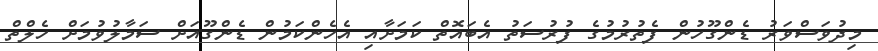
މިދުވަސްވަރު ޑެންގޫހުން ފެތުރުމުގެ ފުރުސަތު އެބައޮތް ކަމަށާއި އެހެންކަމުން ޑެންގޫއަށް ސަމާލުވުމަށް ހެލްތް